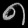
Digit: ၈